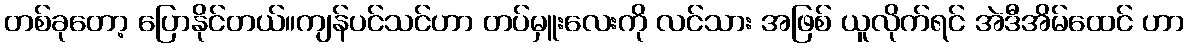
တစ်ခုတော့ ပြောနိုင်တယ်။ကျန်ပင်သင်ဟာ တပ်မှူးလေးကို လင်သား အဖြစ် ယူလိုက်ရင် အဲဒီအိမ်ထေင် ဟာ